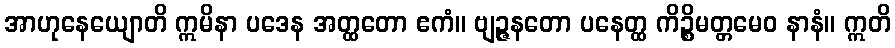
အာဟုနေယျောတိ ဣမိနာ ပဒေန အတ္ထတော ဧကံ။ ဗျဉ္ဇနတော ပနေတ္ထ ကိဉ္စိမတ္တမေဝ နာနံ။ ဣတိ